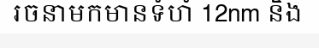
រចនាមកមានទំហំ 12nm និង